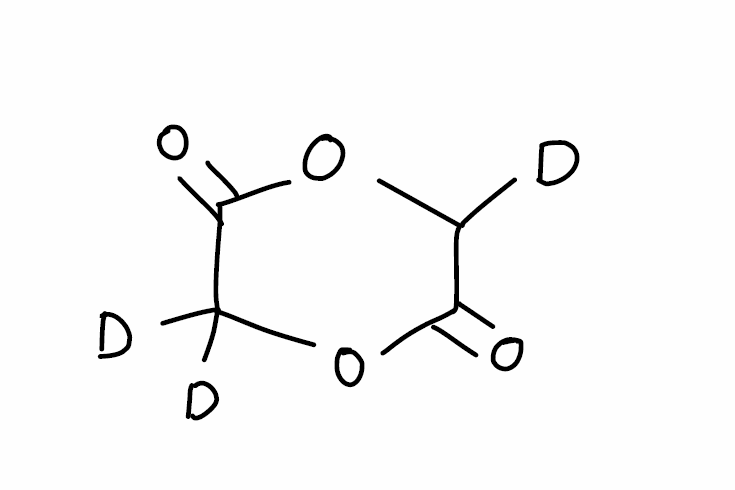
Simplified molecular-input line-entry system (SMILES) notation of the given molecule:
[2H]C1C(=O)OC(C(=O)O1)([2H])[2H]